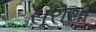
સૂરોથી